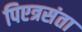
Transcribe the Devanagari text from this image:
पिएत्रसंता